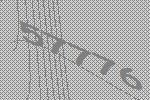
57776